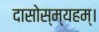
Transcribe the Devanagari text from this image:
दासोस्म्यहम्।